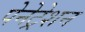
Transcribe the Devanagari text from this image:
पेनेट्रेशन